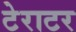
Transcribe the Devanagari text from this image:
टेराटर